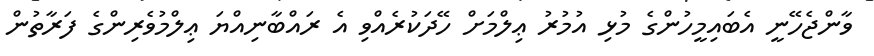
ވާންޖެހޭނީ އެބައިމީހުންގެ މުޅި އުމުރު ޢިލްމަށް ހޭދަކުރެއްވި އެ ރައްބާނިއްޔަ ޢިލްމުވެރިންގެ ފަރާތުން